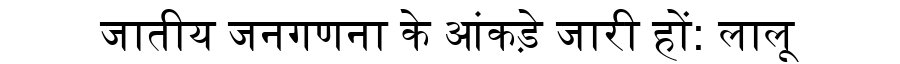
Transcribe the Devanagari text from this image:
जातीय जनगणना के आंकड़े जारी हों: लालू